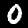
Label: 0